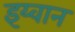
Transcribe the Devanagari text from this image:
इय्वान